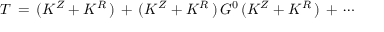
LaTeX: T \, = \, ( K ^ { Z } + K ^ { R } \, ) \, + \, ( K ^ { Z } + K ^ { R } \, ) \, G ^ { 0 } \, ( K ^ { Z } + K ^ { R } \, ) \, + \, \cdots